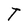
Character: T